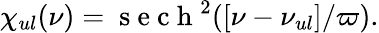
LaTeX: \chi_{ul}(\nu)=\mathrm{~s~e~c~h~}^{2}([\nu-\nu_{ul}]/\varpi).